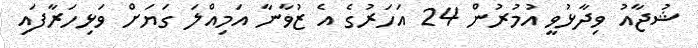
ޝުޖާއު ވިދާޅުވީ އުމުރުން 24 އަހަރުގެ އެ ޒުވާނާ އަމިއްލަ ގަޔަށް ވަޅިހަރާފައި